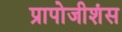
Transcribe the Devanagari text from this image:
प्रापोजीशंस